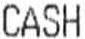
CASH